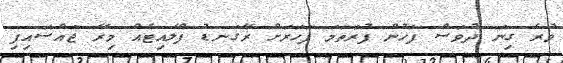
ވުރެ ގިނަ ދުވަސް ފަހުން ފުރަތަމަ ފަހަރަށް ރޭގަނޑު ފްލައިޓެއް މިރޭ ޖައްސައިފި